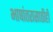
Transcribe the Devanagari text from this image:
भाषांतरासाठीही